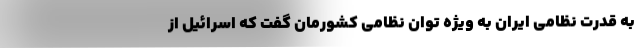
به قدرت نظامی ایران به ویژه توان نظامی کشورمان گفت که اسرائیل از